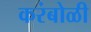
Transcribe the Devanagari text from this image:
करंबोळी